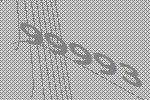
99993